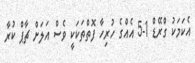
އެކަމަކު ގްރޭޑް 1-5 އެއްގެ ހުރިހާ ފޮތްތަކަކީ ވެސް އަލަށް ޗާޕް ކުރާ